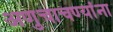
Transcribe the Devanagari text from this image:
अणुचाचण्यांना